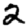
Digit: 2